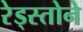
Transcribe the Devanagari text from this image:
रेड्स्तोने